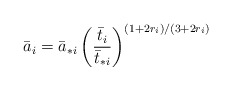
\begin{align*}\bar{a}_i = \bar{a}_{*i} \left( {\bar{t}_i\over\bar{t}_{*i}} \right)^{(1+2r_i)/(3+2r_i)}\end{align*}